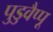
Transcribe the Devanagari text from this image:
पुडुवैप्पू